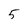
Character: 5